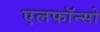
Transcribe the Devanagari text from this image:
एलफाॅन्सो